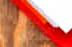
الثعبان